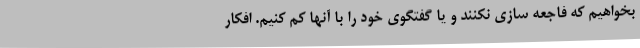
بخواهیم که فاجعه سازی نکنند و یا گفتگوی خود را با آنها کم کنیم. افکار